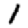
Digit: 1